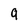
Character: 9